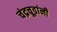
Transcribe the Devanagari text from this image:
चंद्रचूडांनी